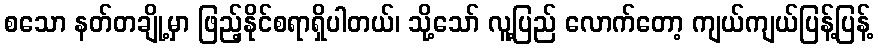
စသော နတ်တချို့မှာ ဖြည့်နိုင်စရာရှိပါတယ်၊ သို့သော် လူ့ပြည် လောက်တော့ ကျယ်ကျယ်ပြန့်ပြန့်